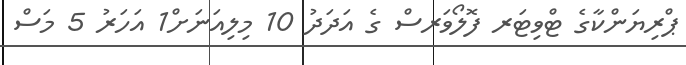
ޕްރިޔަންކާގެ ޓްވިޓަރ ފޮލޯވަރސް ގެ އަދަދު 10 މިލިއަނަށް1 އަހަރު 5 މަސް